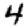
Digit: 4